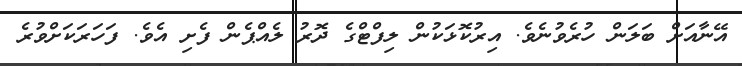
އޭނާއަށް ބަލަން ހުރެވުނެވެ. އިރުކޮޅަކުން ލިފްޓްގެ ދޮރު ލެއްޕެން ފެށި އެވެ. ފަހަރަކަށްވުރެ